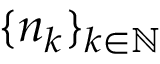
\{ n _ { k } \} _ { k \in \mathbb { N } }